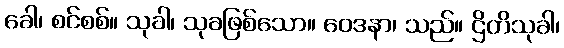
ခေါ၊ စင်စစ်။ သုခါ၊ သုခဖြစ်သော။ ဝေဒနာ၊ သည်။ ဌိတိသုခါ၊